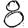
Digit: 8